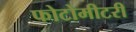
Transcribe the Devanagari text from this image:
फोटोमीटरी